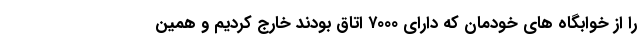
را از خوابگاه های خودمان که دارای ۷۰۰۰ اتاق بودند خارج کردیم و همین